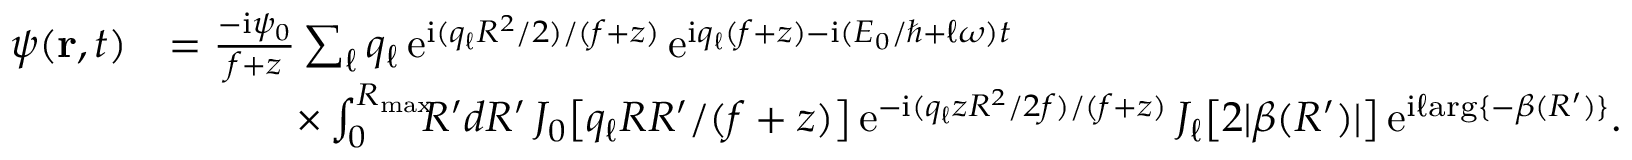
\begin{array} { r l } { \psi ( { \bf r } , t ) } & { = \frac { - \mathrm { i } \psi _ { 0 } } { f + z } \sum _ { \ell } q _ { \ell } \, \mathrm { e } ^ { \mathrm { i } ( q _ { \ell } R ^ { 2 } / 2 ) / ( f + z ) } \, \mathrm { e } ^ { \mathrm { i } q _ { \ell } ( f + z ) - \mathrm { i } ( E _ { 0 } / \hbar + \ell \omega ) t } } \\ & { \quad \quad \quad \times \int _ { 0 } ^ { R _ { \mathrm { m a x } } } \! \! \! R ^ { \prime } d R ^ { \prime } \, J _ { 0 } \big [ q _ { \ell } R R ^ { \prime } / ( f + z ) \big ] \, \mathrm { e } ^ { - \mathrm { i } ( q _ { \ell } z R ^ { 2 } / 2 f ) / ( f + z ) } \, J _ { \ell } \big [ 2 | \beta ( R ^ { \prime } ) | \big ] \, \mathrm { e } ^ { \mathrm { i } \ell \mathrm { a r g } \{ - \beta ( R ^ { \prime } ) \} } . } \end{array}